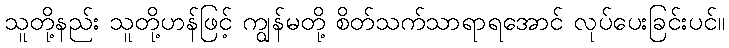
သူတို့နည်း သူတို့ဟန်ဖြင့် ကျွန်မတို့ စိတ်သက်သာရာရအောင် လုပ်ပေးခြင်းပင်။